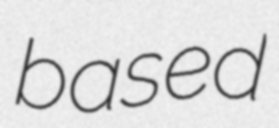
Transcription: based